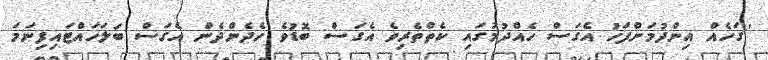
''ގަހެއް އިންދުމަށްފަހު އެގަސް ހެއްދުމުގައި ކެތްތެރިވެ އެގަސް ބޮޑުވެ ހެދެންދެން އެގަސް ބަލަހައްޓައިފިނަމަ